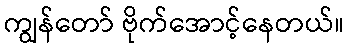
ကျွန်တော် ဗိုက်အောင့်နေတယ်။